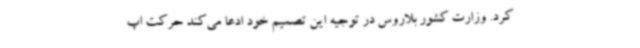
کرد. وزارت کشور بلاروس در توجیه این تصمیم خود ادعا می‌کند حرکت اپ